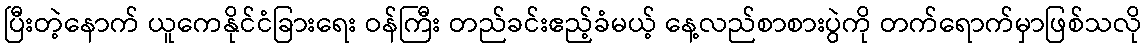
ပြီးတဲ့နောက် ယူကေနိုင်ငံခြားရေး ဝန်ကြီး တည်ခင်းဧည့်ခံမယ့် နေ့လည်စာစားပွဲကို တက်ရောက်မှာဖြစ်သလို